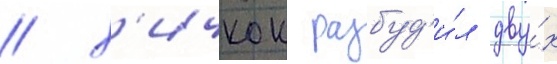
/ х'ичкок разбуд'и́л дву́х